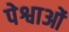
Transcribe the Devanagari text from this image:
पेश्वाओं